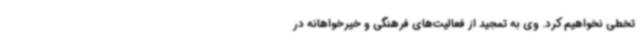
تخطی نخواهیم کرد. وی به تمجید از فعالیت‌های فرهنگی و خیرخواهانه در